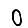
Digit: 0